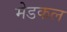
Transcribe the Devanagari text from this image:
मेडकल